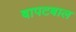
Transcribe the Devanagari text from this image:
बापटबाल